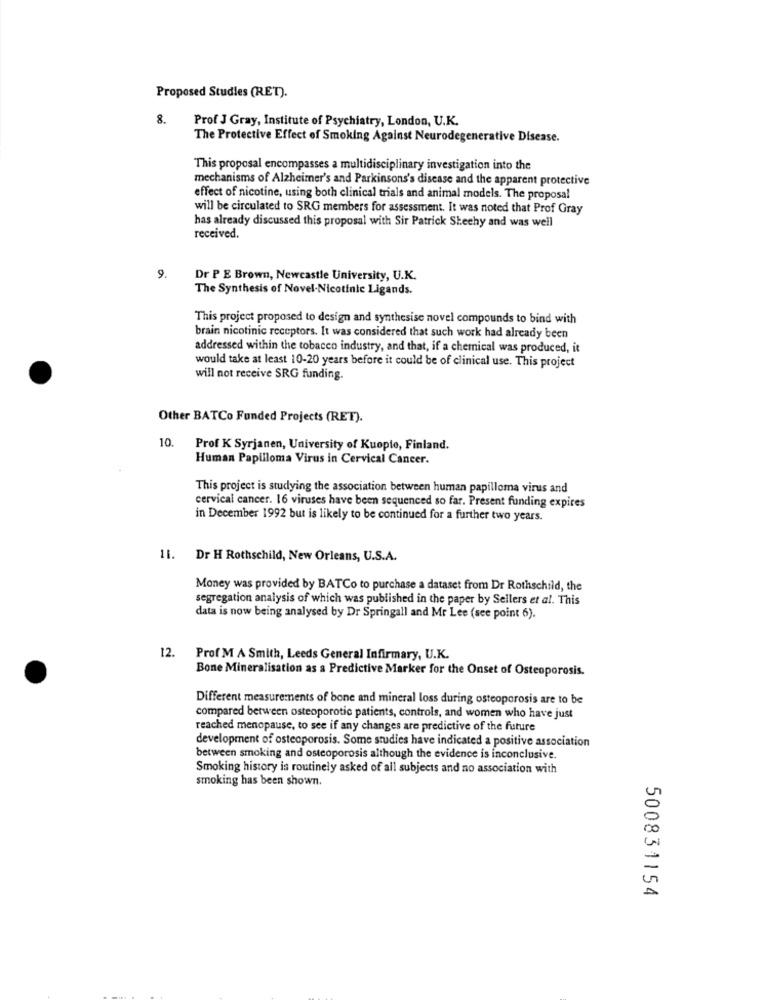
Proposed Studies (RET).
8. Prof J Gray, Institute of Psychiatry, London, U.K.
The Protective Effect of Smoking Against Neurodegenerative Disease.
This proposal encompasses a multidisciplinary investigation into the
mechanisms of Alzheimer's and Parkinsons's disease and the apparent protective
effect of nicotine, using both clinical trials and animal models. The proposal
will be circulated to SRG members for assessment. It was noted that Prof Gray
has already discussed this proposal with Sir Patrick Sheehy and was well
received.
9.
Dr P E Brown, Newcastle University, U.K.
The Synthesis of Novel-Nicotinic Ligands.
This project proposed to design and synthesise novel compounds to bind with
brain nicotinic receptors. It was considered that such work had already been
addressed within the tobacco industry, and that, if a chemical was produced, it
would take at least 10-20 years before it could be of clinical use. This project
will not receive SRG funding.
Other BATCo Funded Projects (RET).
10.
Prof K Syrjanen, University of Kuopte, Finland.
Human Papilloma Virus in Cervical Cancer.
This project is studying the association between human papilloma virus and
cervical cancer. 16 viruses have been sequenced so far. Present funding expires
in December 1992 but is likely to be continued for a further two years.
11.
Dr H Rothschild, New Orleans, U.S.A.
Money was provided by BATCo to purchase a dataset from Dr Rothschild, the
segregation analysis of which was published in the paper by Sellers et al. This
data is now being analysed by Dr Springall and Mr Lee (see point 6).
12.
Prof M A Smith, Leeds General Infirmary, U.K.
Bone Mineralisation as a Predictive Marker for the Onset of Osteoporosis.
Different measurements of bone and mineral loss during osteoporosis are to be
compared between osteoporotic patients, controls, and women who have just
reached menopause, to see if any changes are predictive of the future
development of osteoporosis. Some studies have indicated a positive association
between smoking and osteoporosis although the evidence is inconclusive.
Smoking history is routinely asked of all subjects and no association with
smoking has been shown.
500831154